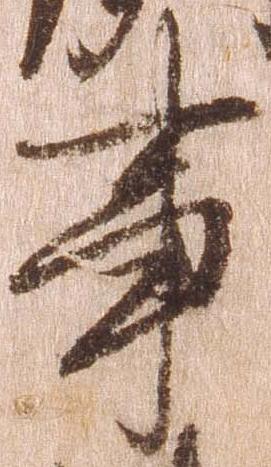
事